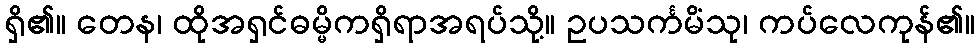
ရှိ၏။ တေန၊ ထိုအရှင်ဓမ္မိကရှိရာအရပ်သို့။ ဥပသင်္ကမိံသု၊ ကပ်လေကုန်၏။